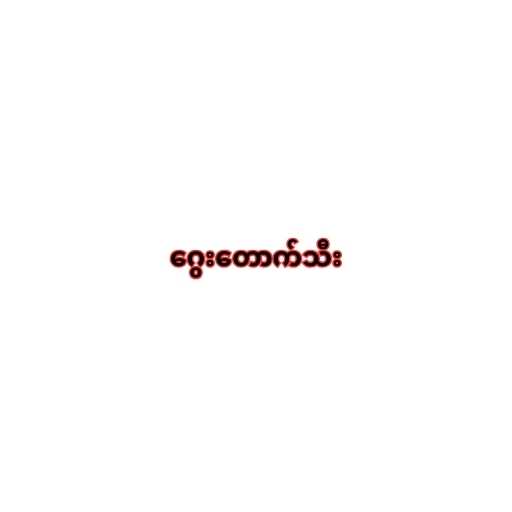
ဂွေးတောက်သီး